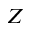
Z